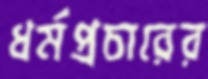
ধর্মপ্রচারের